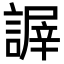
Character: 謘